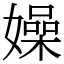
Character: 嬠